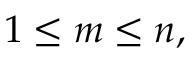
1 \leq m \leq n ,